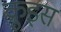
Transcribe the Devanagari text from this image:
क्रुइस